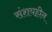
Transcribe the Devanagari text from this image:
संशयहीन